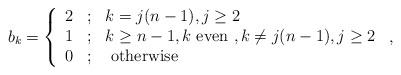
LaTeX: \begin{align*} b_k= \left\{ \begin{array}{ccl} 2 &;& k=j (n-1), j\ge 2\\ 1&;& k\ge n-1, k \mbox{ even }, k \not=j (n-1), j\ge 2\\ 0&;& \mbox{ otherwise } \end{array} \right.\,,\end{align*}